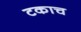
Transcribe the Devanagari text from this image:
टकाच